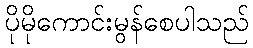
ပိုမိုကောင်းမွန်စေပါသည်